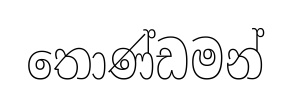
තොණ්ඩමන්